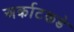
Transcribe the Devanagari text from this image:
अर्काटकडे